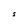
Character: S